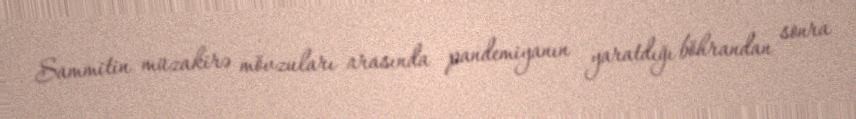
Sammitin müzakirə mövzuları arasında pandemiyanın yaratdığı böhrandan sonra